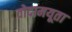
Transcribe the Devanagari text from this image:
वोदामयूता